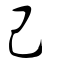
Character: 己